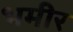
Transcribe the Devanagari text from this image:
भमीर